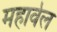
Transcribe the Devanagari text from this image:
महावेल